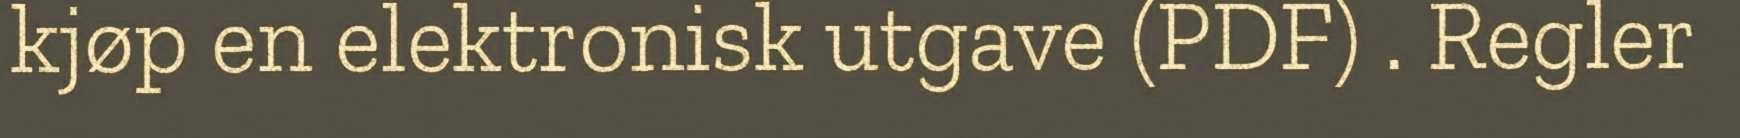
kjøp en elektronisk utgave (PDF) . Regler